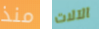
منذ الآلات